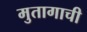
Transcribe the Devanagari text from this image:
मुतागाची